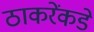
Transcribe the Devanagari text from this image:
ठाकरेंकडे